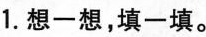
1.想一想，填一填。